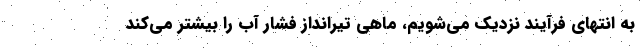
به انتهای فرآیند نزدیک می‌شویم، ماهی تیرانداز فشار آب را بیشتر می‌کند